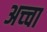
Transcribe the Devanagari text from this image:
अच्‍चा